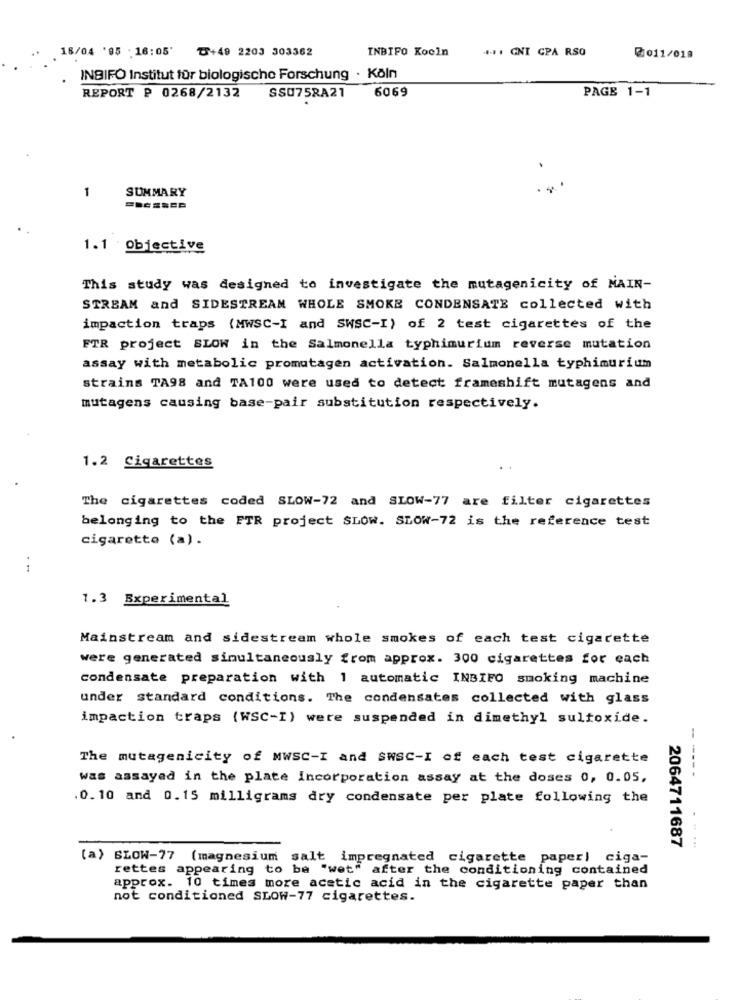
18/04 '95 : 16:05'
৳+49 2203 303362
INBIFO Koeln
..... GNI GPA RSO
2011/018
INBIFO Institut für biologische Forschung · Köln
6069
PAGE 1-1
REPORT P 0268/2132
SSU75RA21
1
SUMMARY
1.1 Objective
This study was designed to investigate the mutagenicity of MAIN-
STREAM and SIDESTREAM WHOLE SMOKE CONDENSATE collected with
impaction traps (MWSC-I and SWSC-I) of 2 test cigarettes of the
FTR project SLOW in the Salmonella typhimurium reverse mutation
assay with metabolic promutagen activation. Salmonella typhimurium
strains TA98 and TA100 were used to detect frameshift mutagens and
mutagens causing base-pair substitution respectively.
1.2 Cigarettes
The cigarettes coded SLOW-72 and SLOW-77 are filter cigarettes
belonging to the FTR project SLOW. SLOW-72 is the reference test
cigarette (a) .
1.3 Experimental
Mainstream and sidestream whole smokes of each test cigarette
were generated simultaneously from approx. 300 cigarettes for each
condensate preparation with 1 automatic INBIFO smoking machine
under standard conditions. The condensates collected with glass
impaction traps (WSC-I) were suspended in dimethyl sultoxide.
The mutagenicity of MWSC-I and SWSC-I of each test cigarette
was assayed in the plate Incorporation assay at the doses 0, 0.05,
-----
.0. 10 and 0.15 milligrams dry condensate per plate following the
2064711687
(a) SLOW-77 (magnesium salt impregnated cigarette paper) ciga-
rettes appearing to be "wet" after the conditioning contained
approx. 10 times more acetic acid in the cigarette paper than
not conditioned SLOW-77 cigarettes.